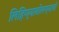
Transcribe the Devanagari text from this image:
लिहिण्याबोलण्याची